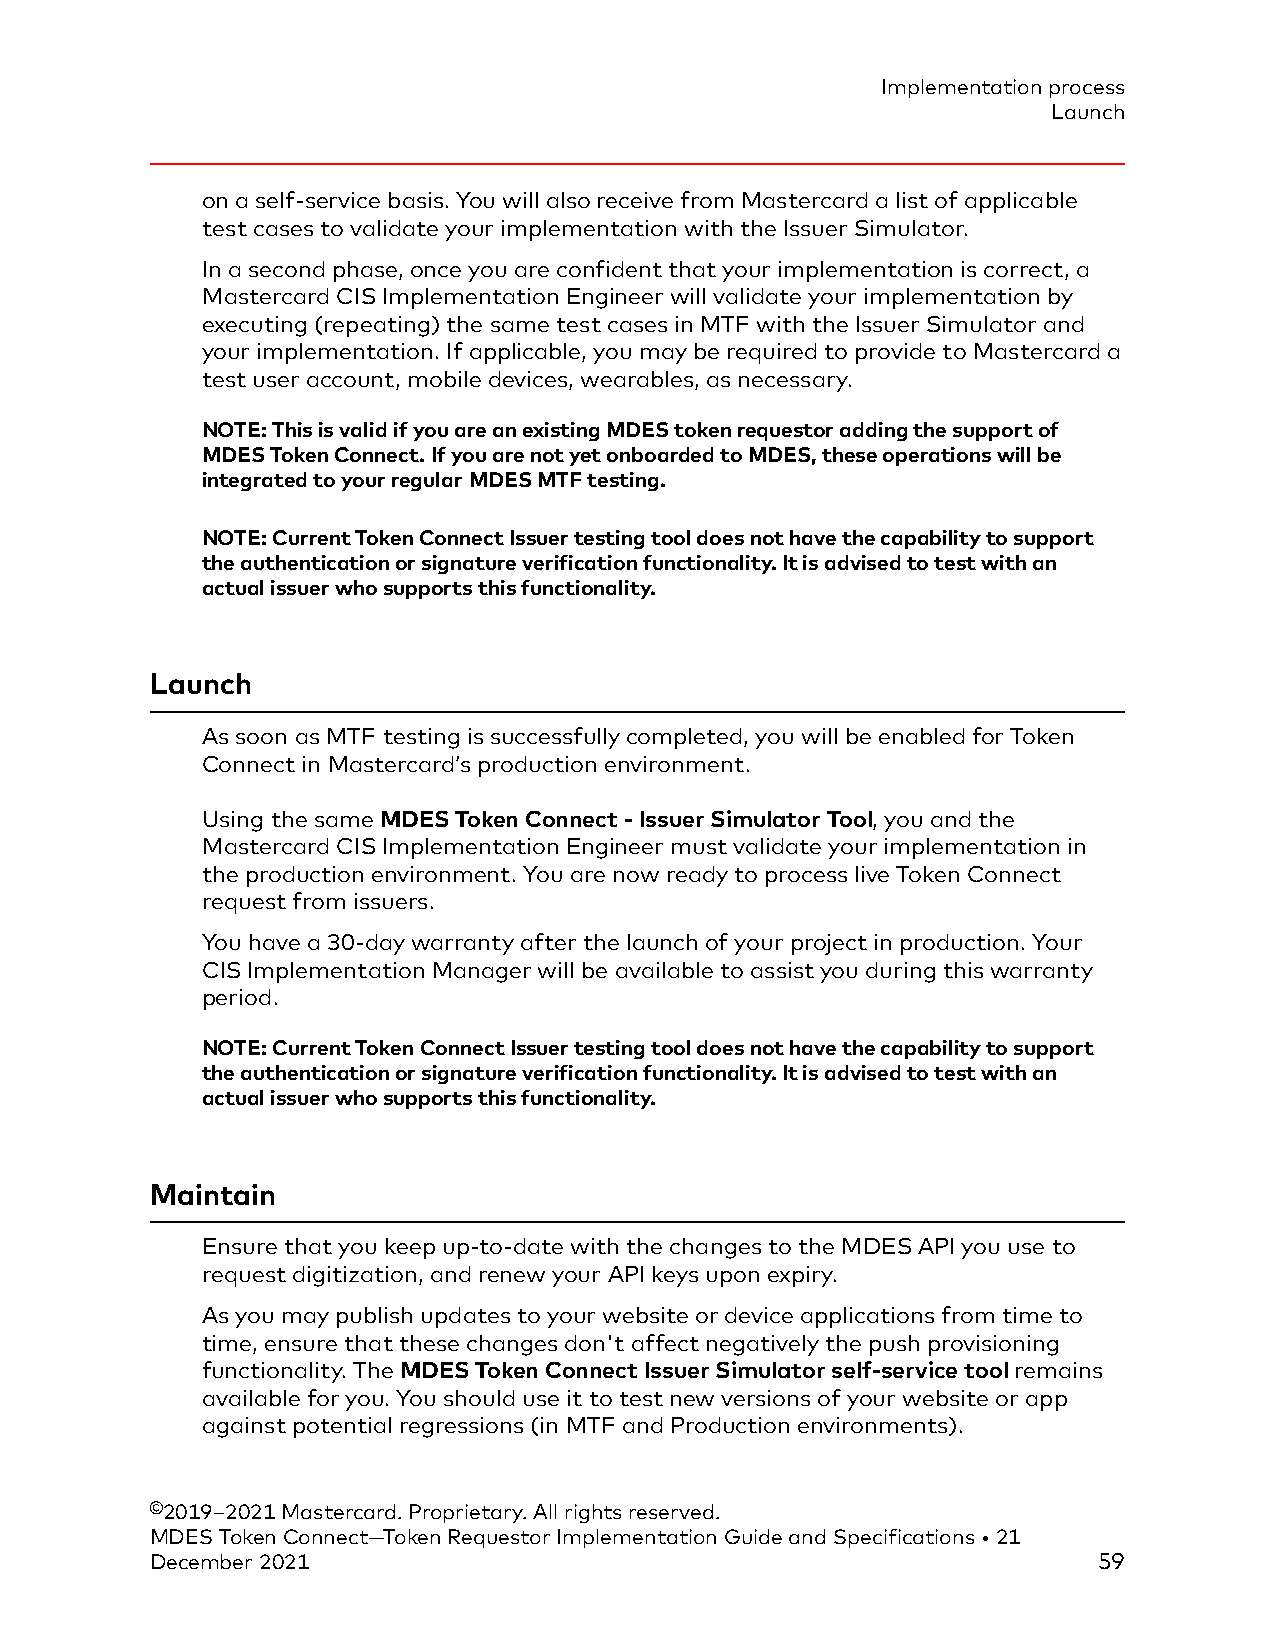
Implementation process
 Launch
 on a self-service basis. You will also receive from Mastercard a list of applicable
 test cases to validate your implementation with the Issuer Simulator.
 In a second phase, once you are confident that your implementation is correct, a
 Mastercard CIS Implementation Engineer will validate your implementation by
 executing (repeating) the same test cases in MTF with the Issuer Simulator and
 your implementation. If applicable, you may be required to provide to Mastercard a
 test user account, mobile devices, wearables, as necessary.
 NOTE: This is valid if you are an existing MDES token requestor adding the support of
 MDES Token Connect. If you are not yet onboarded to MDES, these operations will be
 integrated to your regular MDES MTF testing.
 NOTE: Current Token Connect Issuer testing tool does not have the capability to support
 the authentication or signature verification functionality. It is advised to test with an
 actual issuer who supports this functionality.
 Launch
 As soon as MTF testing is successfully completed, you will be enabled for Token
 Connect in Mastercard’s production environment.
 Using the same MDES Token Connect - Issuer Simulator Tool, you and the
 Mastercard CIS Implementation Engineer must validate your implementation in
 the production environment. You are now ready to process live Token Connect
 request from issuers.
 You have a 30-day warranty after the launch of your project in production. Your
 CIS Implementation Manager will be available to assist you during this warranty
 period.
 NOTE: Current Token Connect Issuer testing tool does not have the capability to support
 the authentication or signature verification functionality. It is advised to test with an
 actual issuer who supports this functionality.
 Maintain
 Ensure that you keep up-to-date with the changes to the MDES API you use to
 request digitization, and renew your API keys upon expiry.
 As you may publish updates to your website or device applications from time to
 time, ensure that these changes don't affect negatively the push provisioning
 functionality. The MDES Token Connect Issuer Simulator self-service tool remains
 available for you. You should use it to test new versions of your website or app
 against potential regressions (in MTF and Production environments).
 ©2019–2021 Mastercard. Proprietary. All rights reserved.
 MDES Token Connect—Token Requestor Implementation Guide and Specifications • 21
 December 2021                                                  59